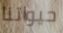
حيواتنا